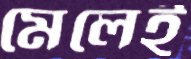
মেলেই